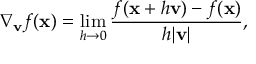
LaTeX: \nabla _ { \mathbf { v } } { f } ( \mathbf { x } ) = \operatorname* { l i m } _ { h \rightarrow 0 } { \frac { f ( \mathbf { x } + h \mathbf { v } ) - f ( \mathbf { x } ) } { h | \mathbf { v } | } } ,